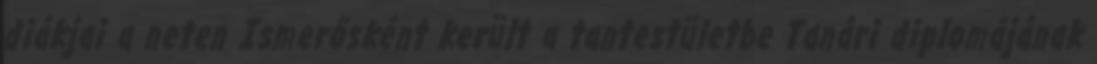
diákjai a neten Ismerősként került a tantestületbe Tanári diplomájának